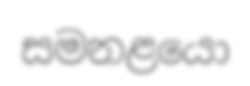
සමනළයො